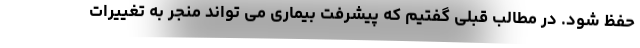
حفظ شود. در مطالب قبلی گفتیم که پیشرفت بیماری می تواند منجر به تغییرات